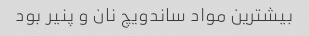
بیشترین مواد ساندویچ نان و پنیر بود